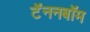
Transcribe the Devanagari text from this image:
टॅननबॉम